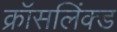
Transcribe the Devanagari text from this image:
क्रॉसलिंक्ड